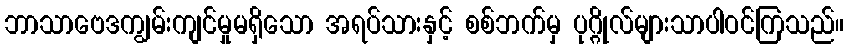
ဘာသာဗေဒကျွမ်းကျင်မှုမရှိသော အရပ်သားနှင့် စစ်ဘက်မှ ပုဂ္ဂိုလ်များသာပါဝင်ကြသည်။